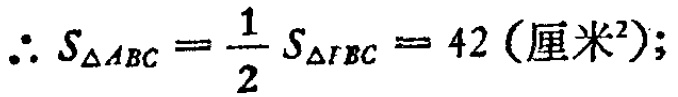
\(\therefore S_{\triangle ABC}=\frac{1}{2}S_{\triangle FBC}=42(\text{厘米}^2);\)